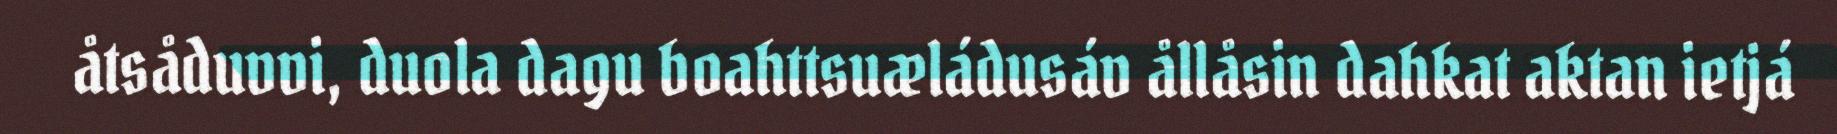
åtsåduvvi, duola dagu boahttsuæládusáv ållåsin dahkat aktan ietjá